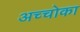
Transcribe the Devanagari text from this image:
अच्चोका